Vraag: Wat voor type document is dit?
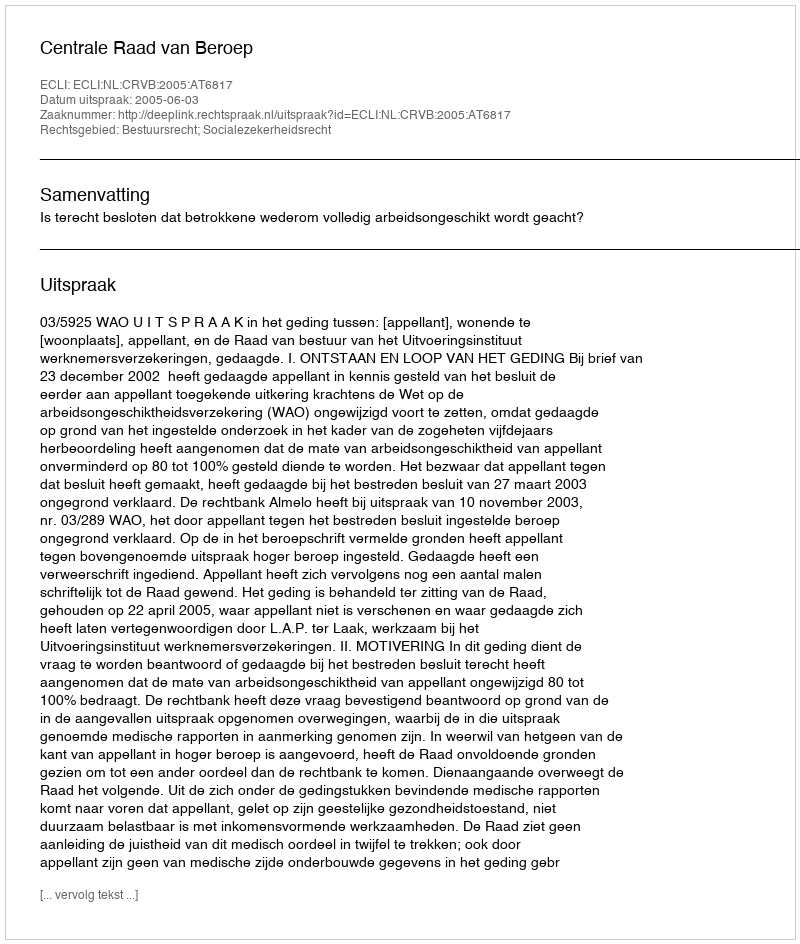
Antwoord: Uitspraak